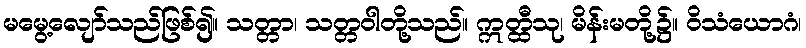
မမွေ့လျော်သည်ဖြစ်၍။ သတ္တာ၊ သတ္တဝါတို့သည်။ ဣတ္ထီသု၊ မိန်းမတို့၌။ ဝိသံယောဂံ၊